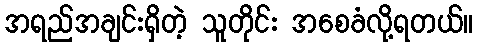
အရည်အချင်းရှိတဲ့ သူတိုင်း အစေခံလို့ရတယ်။